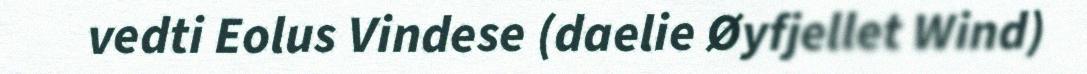
vedti Eolus Vindese (daelie Øyfjellet Wind)